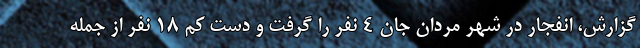
گزارش، انفجار در شهر مردان جان ۴ نفر را گرفت و دست کم ۱۸ نفر از جمله